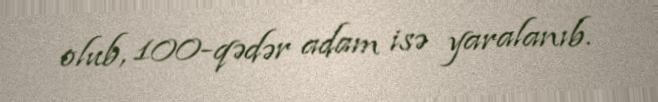
olub, 100-qədər adam isə yaralanıb.